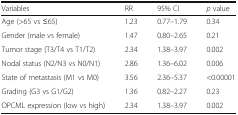
<table><thead><tr><td><b>Variables</b></td><td><b>RR</b></td><td><b>95% CI</b></td><td><b><i>p</i> value</b></td></tr></thead><tbody><tr><td>Age (&gt;65 vs ≤65)</td><td>1.23</td><td>0.77–1.79</td><td>0.34</td></tr><tr><td>Gender (male vs female)</td><td>1.47</td><td>0.80–2.65</td><td>0.21</td></tr><tr><td>Tumor stage (T3/T4 vs T1/T2)</td><td>2.34</td><td>1.38–3.97</td><td>0.002</td></tr><tr><td>Nodal status (N2/N3 vs N0/N1)</td><td>2.86</td><td>1.36–6.02</td><td>0.006</td></tr><tr><td>State of metastasis (M1 vs M0)</td><td>3.56</td><td>2.36–5.37</td><td>&lt;0.00001</td></tr><tr><td>Grading (G3 vs G1/G2)</td><td>1.36</td><td>0.82–2.27</td><td>0.23</td></tr><tr><td>OPCML expression (low vs high)</td><td>2.34</td><td>1.38–3.97</td><td>0.002</td></tr></tbody></table>